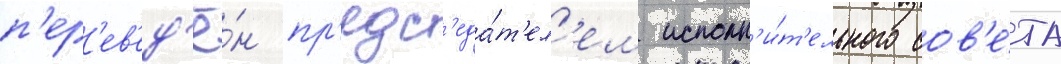
п'ер'ев'ед'ё́н пр'едс'еда́т'ел'ем исполн'и́т'ельного сов'е́та